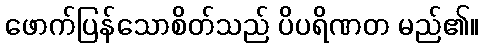
ဖောက်ပြန်သောစိတ်သည် ပိပရိဏတ မည်၏။